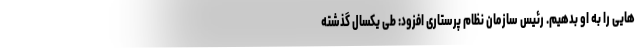
هایی را به او بدهیم. رئیس سازمان نظام پرستاری افزود: طی یکسال گذشته